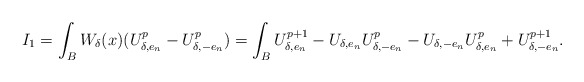
\begin{align*} I_1=\int_{B} W_{\delta}(x)(U_{\delta,e_n}^p-U_{\delta,-e_n}^p) = \int_{B} U_{\delta,e_n}^{p+1}-U_{\delta,e_n}U_{\delta,-e_n}^p -U_{\delta,-e_n}U_{\delta,e_n}^p +U_{\delta,-e_n}^{p+1}.\end{align*}